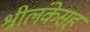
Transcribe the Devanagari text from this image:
श्रीलंकेसह